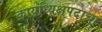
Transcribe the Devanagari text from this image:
कार्याध्यक्षपदाचा